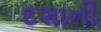
દશાની